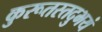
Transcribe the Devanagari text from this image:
कुरूतस्तदुभयं